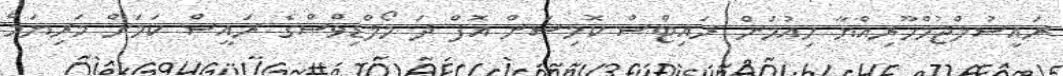
ރައީސުލްޖުމްހޫރިއްޔާ ހިއުމަން ރައިޓްސް ކޮމިޝަން އޮފް ދަ މޯލްޑިވްސްގެ ރައީސް ކަމަށް މަރިޔަމް